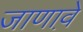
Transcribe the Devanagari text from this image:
जाणावे़